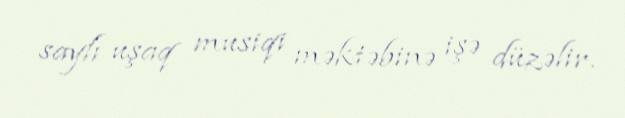
saylı uşaq musiqi məktəbinə işə düzəlir.